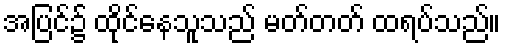
အပြင်၌ ထိုင်နေသူသည် မတ်တတ် ထရပ်သည်။